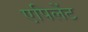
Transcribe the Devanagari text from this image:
एपिलेंट